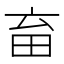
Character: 𤰸